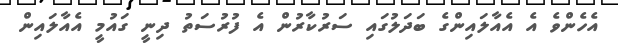
އެހެންވެ އެ އެއާލައިންގެ ބަދަލުގައި ސަރުކާރުން އެ ފުރުސަތު ދިނީ ގައުމީ އެއާލައިން